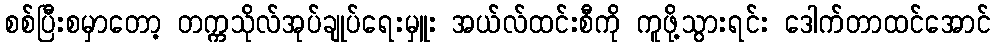
စစ်ပြီးစမှာတော့ တက္ကသိုလ်အုပ်ချုပ်ရေးမှူး အယ်လ်ထင်းစီကို ကူဖို့သွားရင်း ဒေါက်တာထင်အောင်